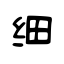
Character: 细